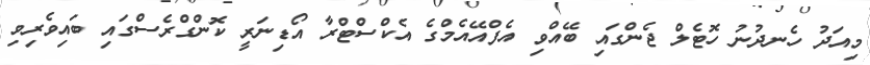
މިއަދު ހެނދުނު ހޮޓެލް ޖެންގައި ބޭއްވި އެފްއޭއެމްގެ އެކްސްޓްރާ އޯޑިނަރީ ކޮންގްރެސްގައި ބައިވެރިވި